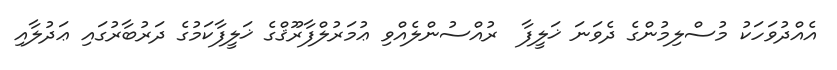
އެއްދުވަހަކު މުސްލިމުންގެ ދެވަނަ ޚަލީފާ  ރުއްސުންލެއްވި ޢުމަރުލްފާރޫޤްގެ ޚަލީފާކަމުގެ ދަރުބާރުގައި ޢަދުލާއި